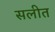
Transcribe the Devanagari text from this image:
सलीत